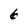
Character: 6